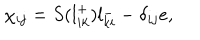
\chi _ { i j } = S ( l _ { i k } ^ { + } ) l _ { k i } ^ { - } - \delta _ { i j } e ,